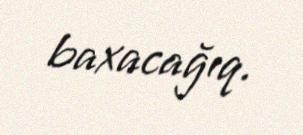
baxacağıq.